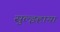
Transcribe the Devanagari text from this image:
सुल्झ्हाया